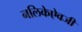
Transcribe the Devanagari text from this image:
नलिकेऐवजी